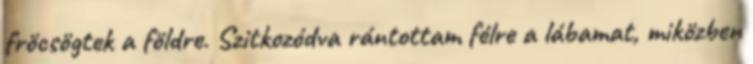
fröcsögtek a földre. Szitkozódva rántottam félre a lábamat, miközben